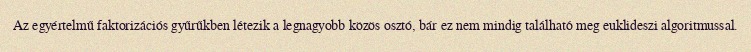
Az egyértelmű faktorizációs gyűrűkben létezik a legnagyobb közös osztó, bár ez nem mindig található meg euklideszi algoritmussal.